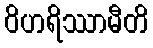
ဝိဟရိဿာမီတိ